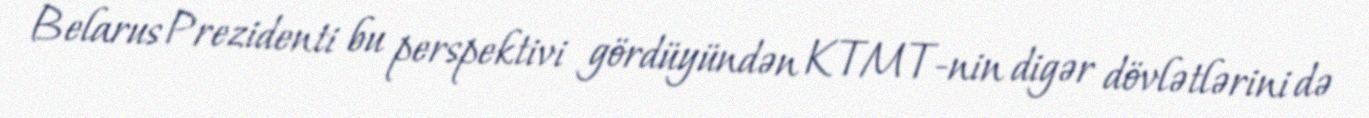
Belarus Prezidenti bu perspektivi gördüyündən KTMT-nin digər dövlətlərini də